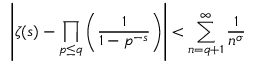
\left| \zeta ( s ) - \prod _ { p \leq q } \left( { \frac { 1 } { 1 - p ^ { - s } } } \right) \right| < \sum _ { n = q + 1 } ^ { \infty } { \frac { 1 } { n ^ { \sigma } } }